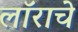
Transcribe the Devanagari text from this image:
लॉराचे